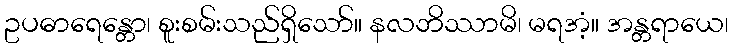
ဥပဓာရေန္တော၊ စူးစမ်းသည်ရှိသော်။ နလဘိဿာမိ၊ မရအံ့။ အန္တရာယေ၊